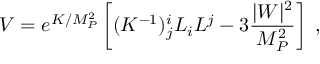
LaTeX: V = e ^ { K / M _ { P } ^ { 2 } } \left[ ( K ^ { - 1 } ) _ { j } ^ { i } L _ { i } L ^ { j } - 3 \frac { | W | ^ { 2 } } { M _ { P } ^ { 2 } } \right] \; ,